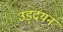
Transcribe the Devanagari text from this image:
उड्दयन